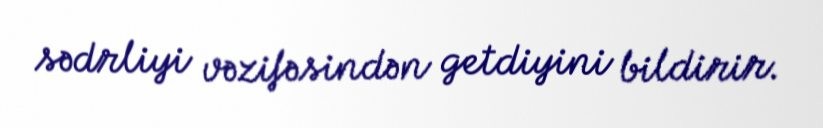
sədrliyi vəzifəsindən getdiyini bildirir.